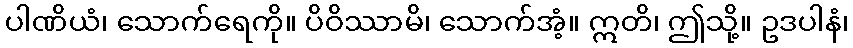
ပါဏိယံ၊ သောက်ရေကို။ ပိဝိဿာမိ၊ သောက်အံ့။ ဣတိ၊ ဤသို့။ ဥဒပါနံ၊